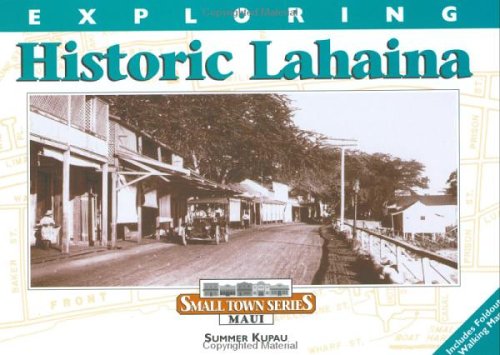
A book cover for Exploring Historic Lahaina (Small Town Series Maui); Summer Kupau; Travel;